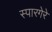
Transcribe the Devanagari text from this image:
स्पारगेरे